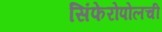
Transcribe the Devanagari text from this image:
सिंफेरोपोलची